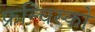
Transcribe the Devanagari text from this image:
फ्रन्चिस्को